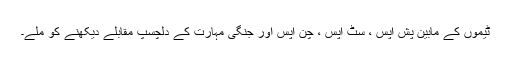
ٹیموں کے مابین پش اپس ، سِٹ اپس ، چن اپس اور جنگی مہارت کے دلچسپ مقابلے دیکھنے کو ملے۔